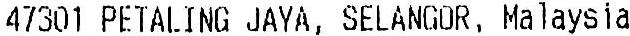
47301 PETALING JAYA, SELANGOR, MALAYSIA